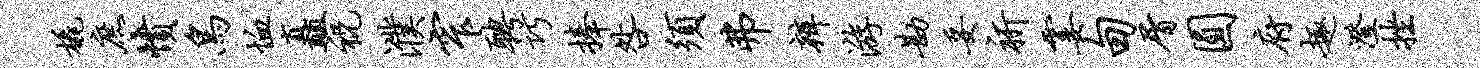
橇庶愤鸟恤矗祝濮窄聘巧捧咎须弗辨游勘妥祈霎甸屑圆府趣澄挫